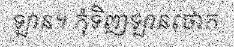
ឡាន។ កុំទិញឡានថោក